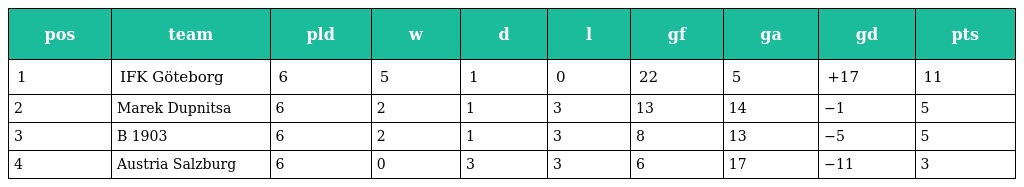
| pos | team | pld | w | d | l | gf | ga | gd | pts |
 | --- | --- | --- | --- | --- | --- | --- | --- | --- | --- |
 | 1 | IFK Göteborg | 6 | 5 | 1 | 0 | 22 | 5 | +17 | 11 |
 | 2 | Marek Dupnitsa | 6 | 2 | 1 | 3 | 13 | 14 | −1 | 5 |
 | 3 | B 1903 | 6 | 2 | 1 | 3 | 8 | 13 | −5 | 5 |
 | 4 | Austria Salzburg | 6 | 0 | 3 | 3 | 6 | 17 | −11 | 3 |